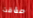
مؤقت